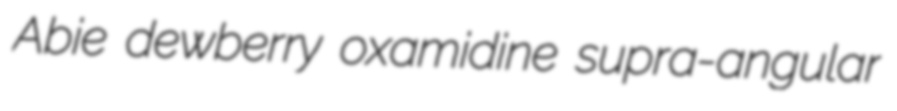
Abie dewberry oxamidine supra-angular